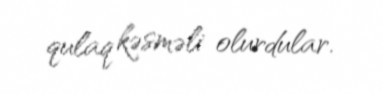
qulaq kəsməli olurdular.